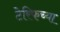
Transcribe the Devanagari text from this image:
टेरिफच्या